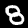
Digit: 8